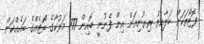
ފޮޓޯތަކަށް ބަލާއިރު ރިޔުނިއަން އިން ފެނުނީ ބޮއިން 777 މަރުކާގެ ބޯޓެއްގެ ބައެއްކަން